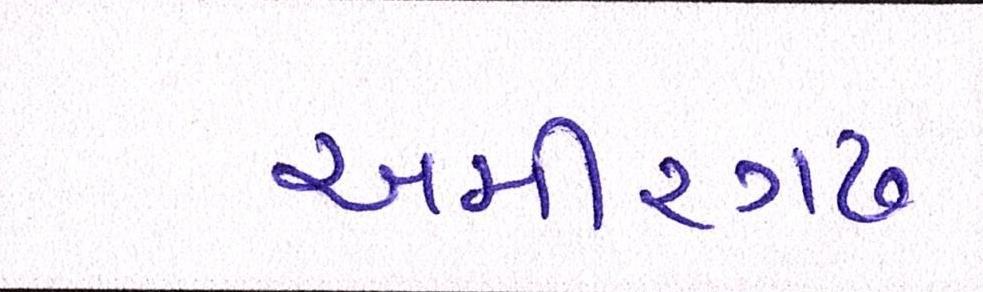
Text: અમીરગઢ